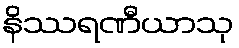
နိဿရဏီယာသု